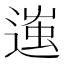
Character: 𨔢